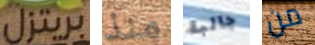
بريتزل منذ جالبة من